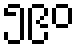
၅၉၀